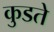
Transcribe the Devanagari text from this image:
कुडते